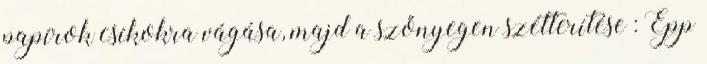
papírok csíkokra vágása, majd a szőnyegen szétterítése : Épp